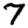
Digit: 7